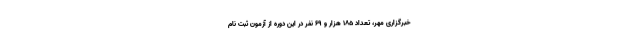
خبرگزاری مهر، تعداد ۱۸۵ هزار و ۶۹ نفر در این دوره از آزمون ثبت نام